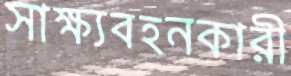
সাক্ষ্যবহনকারী